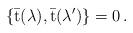
LaTeX: \begin{align*}\{ \bar {\mbox {t}}(\lambda ) , \bar {\mbox {t}}(\lambda ^\prime) \} =0 \, .\end{align*}